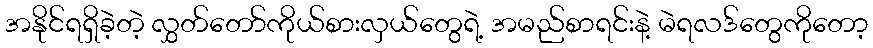
အနိုင်ရရှိခဲ့တဲ့ လွှတ်တော်ကိုယ်စားလှယ်တွေရဲ့ အမည်စာရင်းနဲ့ မဲရလဒ်တွေကိုတော့